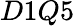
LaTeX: D1Q5